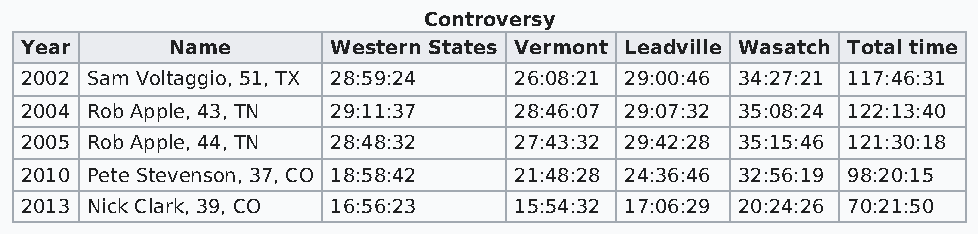
Controversy
 Year      Name       Western States Vermont Leadville Wasatch Total time
 2002 Sam Voltaggio, 51, TX 28:59:24 26:08:21 29:00:46 34:27:21 117:46:31
 2004 Rob Apple, 43, TN 29:11:37  28:46:07 29:07:32 35:08:24 122:13:40
 2005 Rob Apple, 44, TN 28:48:32  27:43:32 29:42:28 35:15:46 121:30:18
 2010 Pete Stevenson, 37, CO 18:58:42 21:48:28 24:36:46 32:56:19 98:20:15
 2013 Nick Clark, 39, CO 16:56:23 15:54:32 17:06:29 20:24:26 70:21:50